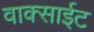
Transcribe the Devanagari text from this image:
वाक्साईट